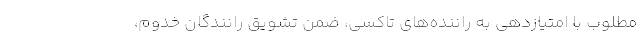
مطلوب با امتیازدهی به راننده‌های تاکسی، ضمن تشویق رانندگان خدوم،